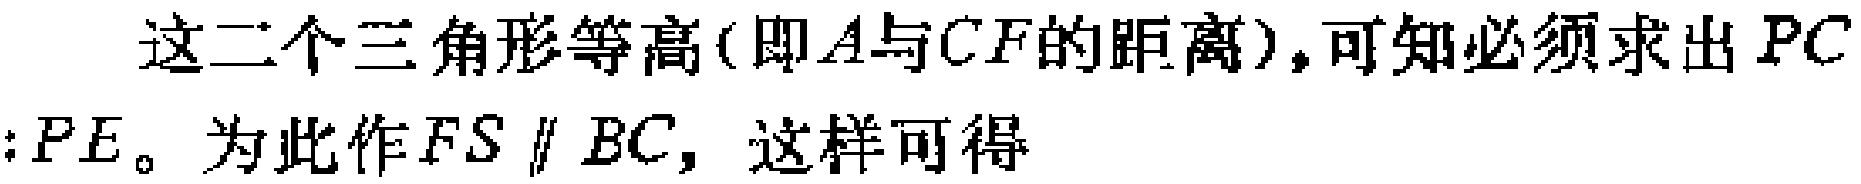
这二个三角形等高(即\(A\)与\(CF\)的距离),可知必须求出\(PC\)
\(:PE\)。为此作\(FS \parallel BC\)，这样可得